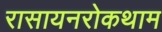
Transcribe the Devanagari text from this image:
रासायनरोकथाम